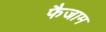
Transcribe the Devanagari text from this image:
फैजाम